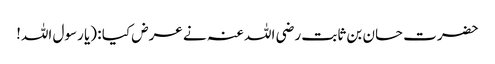
حضرت حسان بن ثابت رضی اللہ عنہ نے عرض کیا : (یا رسول اللہ!